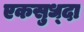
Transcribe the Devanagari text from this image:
एकसुध्दा